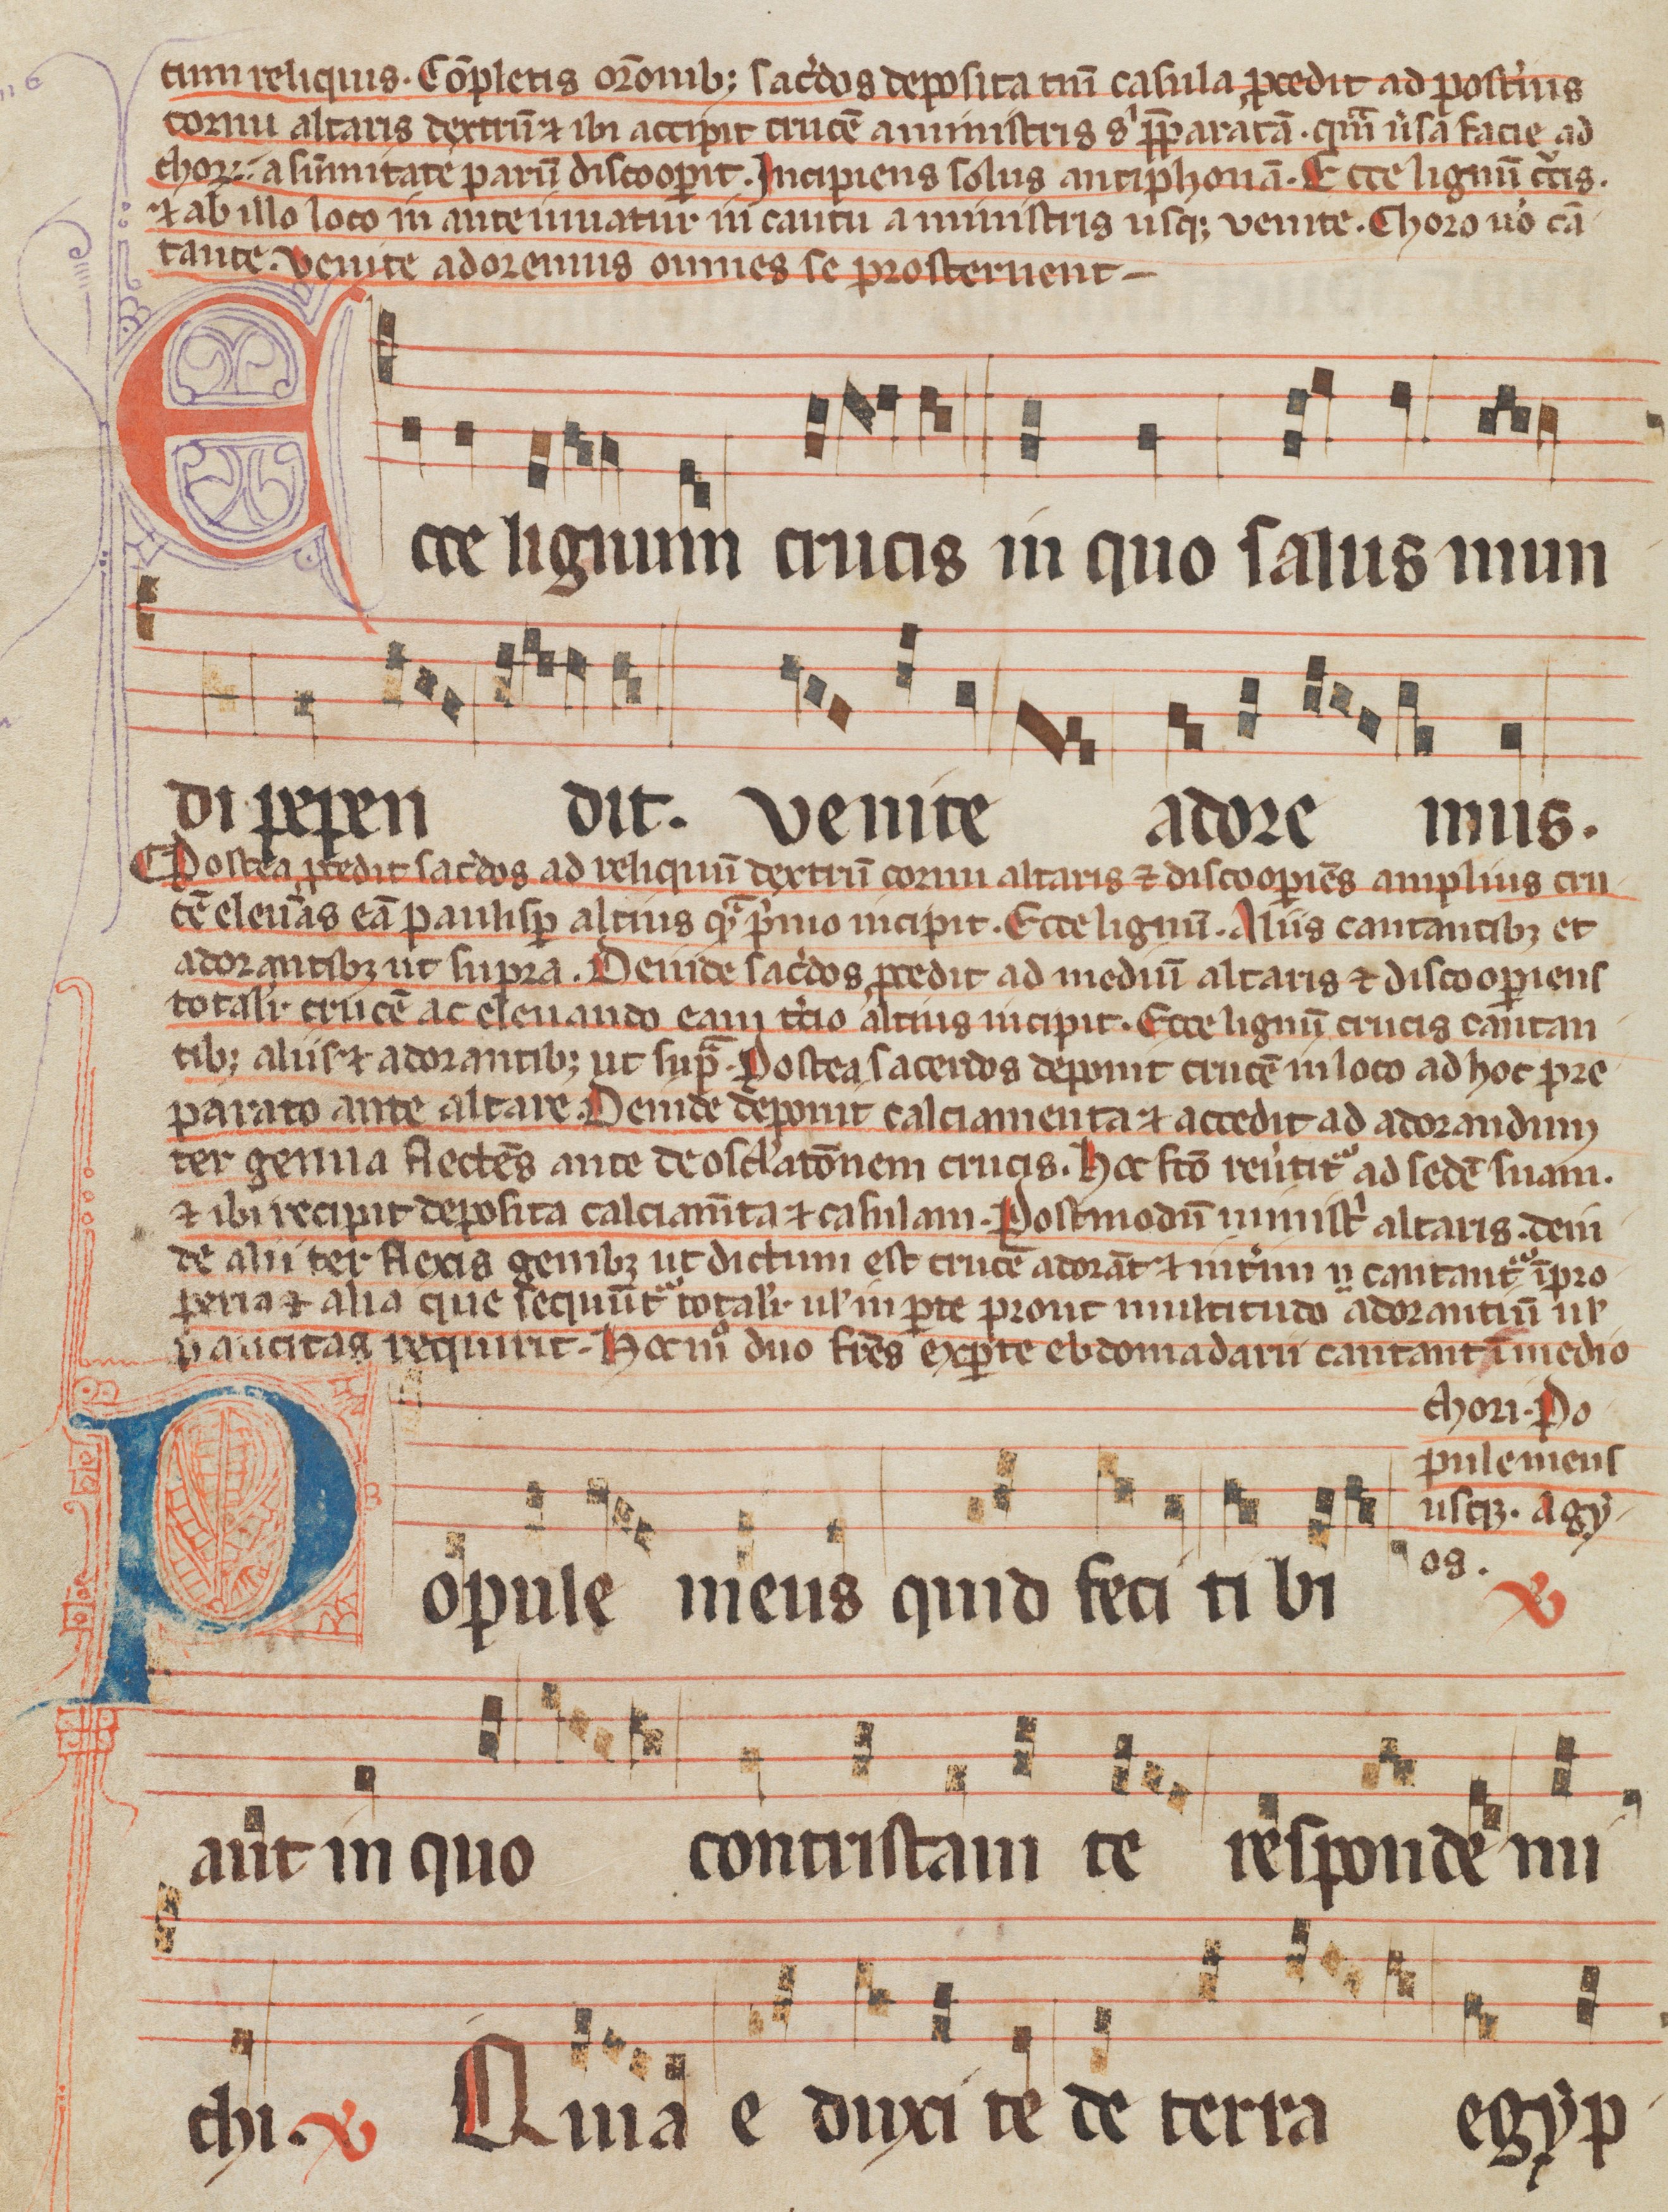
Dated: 1285–1315